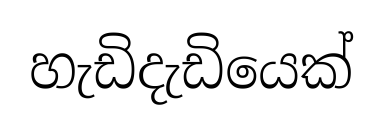
හැඩිදැඩියෙක්